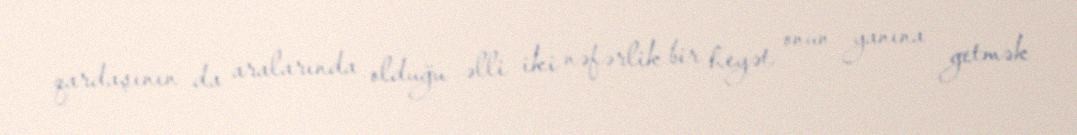
qardaşının da aralarında olduğu əlli iki nəfərlik bir heyət onun yanına getmək